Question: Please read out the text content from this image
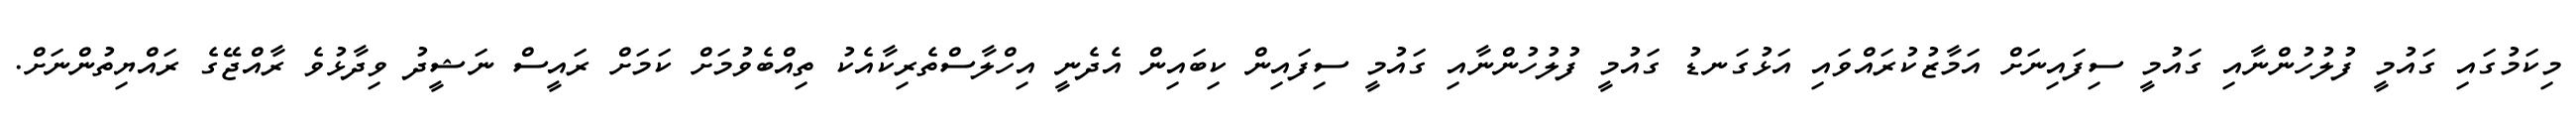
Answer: މިކަމުގައި ގައުމީ ފުލުހުންނާއި ގައުމީ ސިފައިނަށް އަމާޒުކުރައްވައި އަޅުގަނޑު ގައުމީ ފުލުހުންނާއި ގައުމީ ސިފައިން ކިބައިން އެދެނީ އިހްލާސްތެރިކާއެކު ތިއްބެވުމަށް ކަމަށް ރައީސް ނަޝީދު ވިދާޅުވެ ރާއްޖޭގެ ރައްޔިތުންނަށް.